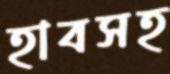
হাবসহ